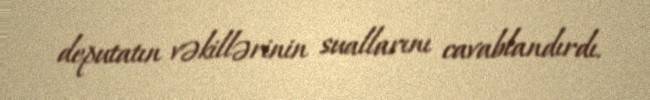
deputatın vəkillərinin suallarını cavablandırdı.